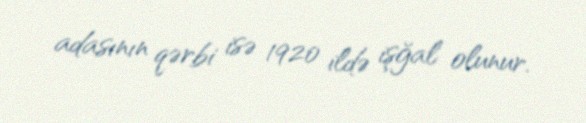
adasının qərbi isə 1920 ildə işğal olunur.